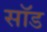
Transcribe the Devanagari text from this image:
सॉड